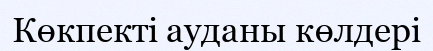
Көкпекті ауданы көлдері